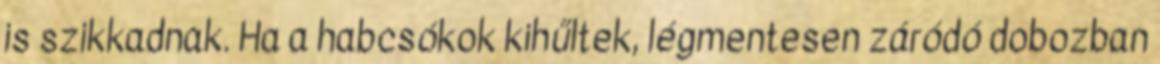
is szikkadnak. Ha a habcsókok kihűltek, légmentesen záródó dobozban